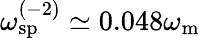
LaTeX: \omega_{\mathrm{sp}}^{(-2)}\simeq 0.048\omega_{\mathrm{m}}